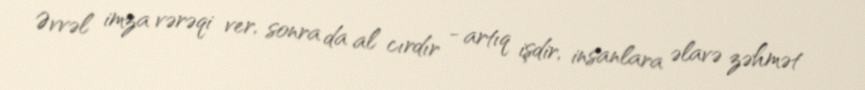
Əvvəl imza vərəqi ver, sonra da al cırdır - artıq işdir, insanlara əlavə zəhmət